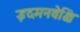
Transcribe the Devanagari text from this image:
इदमनवेक्षि